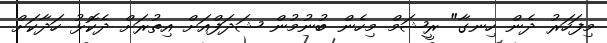
މިފަހަރު ދެން ހިނގާ" ރީޝަމް މިހެން ބުނުމުން ޝަދަފްއަށް އިތުރަށް ދެކޮޅު ހަދާކަށް